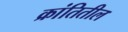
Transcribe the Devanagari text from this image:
क्रांतितील